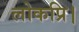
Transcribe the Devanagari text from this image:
लोकप्रि।